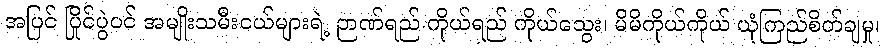
အပြင် ပြိုင်ပွဲဝင် အမျိုးသမီးငယ်များရဲ့ ဉာဏ်ရည် ကိုယ်ရည် ကိုယ်သွေး၊ မိမိကိုယ်ကိုယ် ယုံကြည်စိတ်ချမှု၊